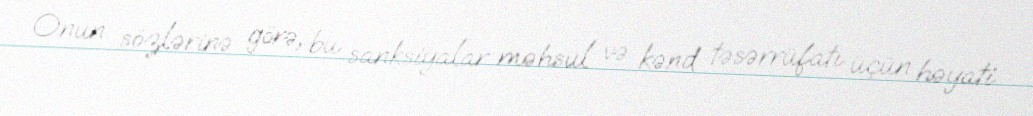
Onun sözlərinə görə, bu sanksiyalar məhsul və kənd təsərrüfatı üçün həyati